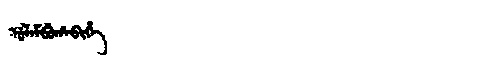
Manchu: ᡠᠯᠠᠮᠪᡠᡥᠠᠪᡳᡥᡝ
Romanization: ULAMBUHABIHE